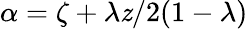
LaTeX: \alpha=\zeta+\lambda\mathit{z}/2(1-\lambda)